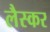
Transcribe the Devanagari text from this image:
लैस्कर